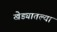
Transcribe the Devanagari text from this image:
खेड्यातल्या